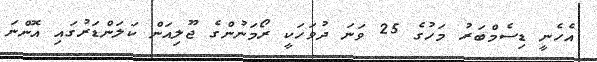
އެހެނީ ޑިސެމްބަރު މަހުގެ 25 ވަނަ ދުވަހަކީ ރޯމަނުންގެ ޖޫލިއަން ކަލަންޑަރުގައި އޮންނަ